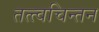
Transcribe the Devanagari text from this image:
तत्त्वचिन्तन